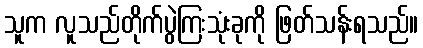
သူက လူသည်တိုက်ပွဲကြးသုံးခုကို ဖြတ်သန်းရသည်။